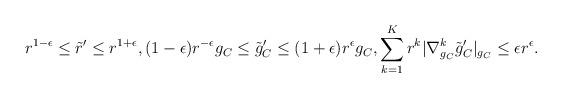
LaTeX: \begin{align*}r^{1-\epsilon} \leq \tilde{r}' \leq r^{1+\epsilon}, (1-\epsilon) r^{-\epsilon}g_C \leq \tilde{g}_C' \leq (1+\epsilon) r^\epsilon g_C, \sum_{k=1}^K r^k|\nabla^k_{g_C}\tilde{g}_C'|_{g_C} \leq \epsilon r^{\epsilon}.\end{align*}